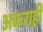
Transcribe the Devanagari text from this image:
अकराहीं